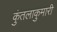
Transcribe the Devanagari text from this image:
कुंतलाकुमारी